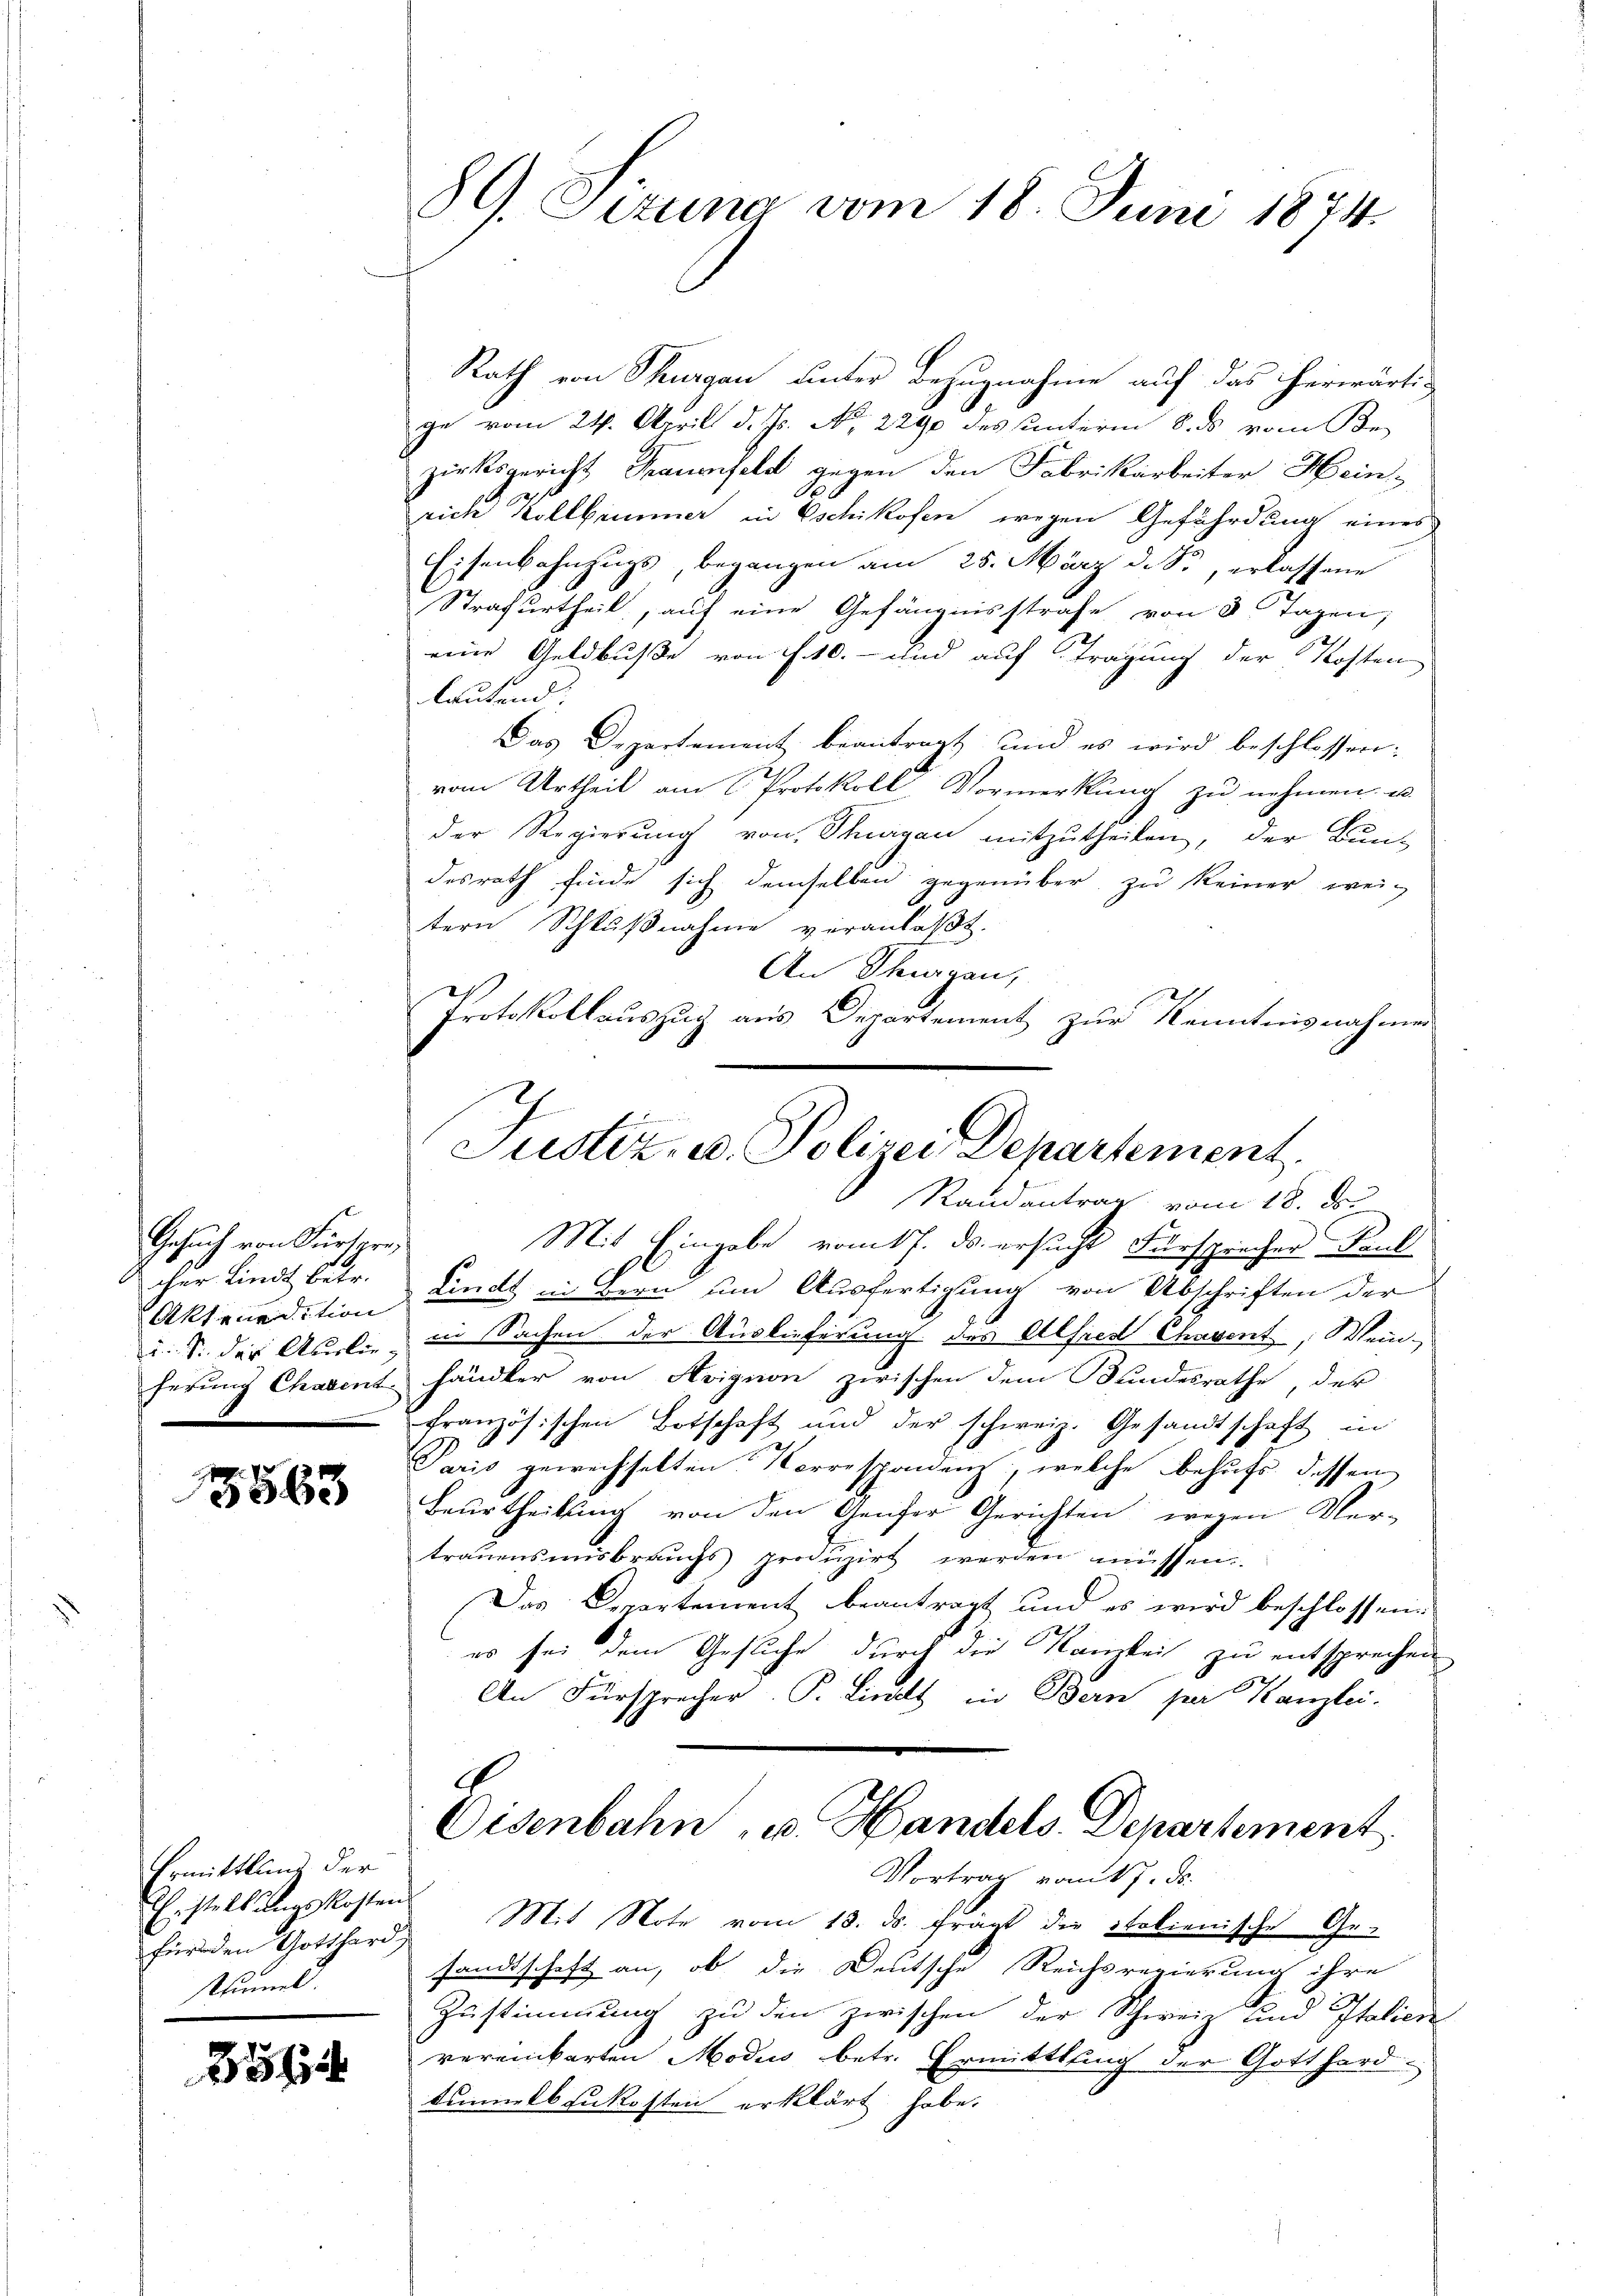
Gesuch von Fürsern,
oher Lindt, betr.
Aktenedition
e

5563

Ermittlung der
Erstellungskosten
stummel.

25

89. Sizung vom 18. Juni 1874.

Rath von Schurgau unter Bezugnahme auf das herwärtige vom 24. April d. Js. No. 2290 des unterm 8. ds vom Be-
zirksgericht Frauenfeld gegen den Fabrikarbeiter Hein-
A
rich Kollbemmer in Eschikofen wegen Gefährdung eines
Eisenbahnzugs, begangen am 25. März d. S., erlassene
Strafurtheil, auf eine Gefängnisstrafe von 8 Tagen;
eine Geldbuße von f. 10.- und auf Tragung der Kosten
lautend:
Das Departement beantragt und es wird beschlossen:
vom Urtheil am Protokoll Vormerkung zu nehmen u.
der Regierung von Thurgau mitzutheilen, der Bundesrath finde sich demselben gegenüber zu keiner wei-
tern Schlußnahme veranlaßt.
An Thurgau,
Protokollauszug aus Departement zur Kenntnisnahmen
Randantrag vom 18. De
Mit Eingabe vom 17. ds. ersucht Fürsprecher Paul
Lindt in Bern und Ausfertigung von Abschriften der
u. S. der Arten in Sachen der Auslieferung des Alfred Chavent, Wein-
ferung Chavent händler von Avignon zwischen dem Bundesrathe, der
französischen Botschaft und der schweiz. Gesandtschaft in
Paris gewechselten Korrespondenz, welche behufs dessen
Beurtheilung von den Genfer Gerichten wegen Ver-
trauensmisbrauchs produzirt werden müssen.
Das Departement beantragt und es wird beschlossen:
es sei dem Gesuche durch die Kanzlei zu entsprechen
An Fürsprecher. P. Linds in Bern ser Kanzlei.
G
Eisenbahn, u. Handels Departement
Vortrag vom 17. d.
für den Gotthard Mit Note vom 18. ds. frägt die italienische Gesandtschaft an, ob die Deutsche Reichsregierung ihre
Zustimmung zu den zwischen der Schwein und Italien
vereinbarten Modus betr. Ermittlung der Gotthard-
tummelbaukosten erklärt habe.

Justiz, u. Polizei Departement.